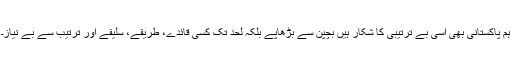
ہم پاکستانی بھی اسی بے ترتیبی کا شکار ہیں بچپن سے بڑھاپے بلکہ لحد تک کسی قائدے، طریقے، سلیقے اور ترتیب سے بے نیاز۔